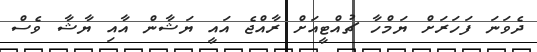
ދެވަނަ ފަހަރަށް ޔަމްހާ ޗުއްޓީއަށް ރާއްޖެ އައީ ޔަޝާން އާއި ޔާޝާ ވެސް